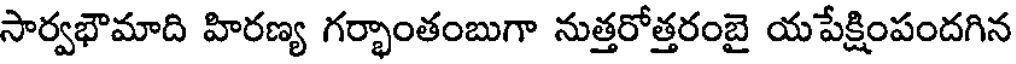
సార్వభౌమాది హిరణ్య గర్భాంతంబుగా నుత్తరోత్తరంబై యపేక్షింపందగిన